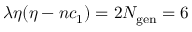
\lambda \eta ( \eta - n c _ { 1 } ) = 2 N _ { \mathrm { g e n } } = 6